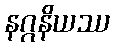
နဂ္ဂနိယဿ